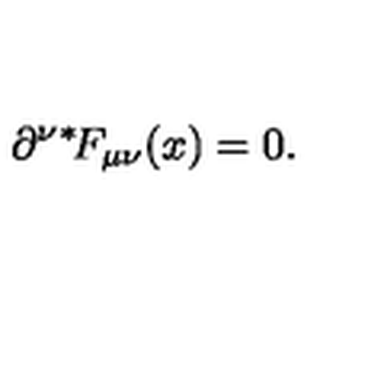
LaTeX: \partial ^ { \nu } \mathrm { \mathrm { } ^ * \! } F _ { \mu \nu } ( x ) = 0 .